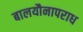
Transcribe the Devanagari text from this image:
बालयौनापराध